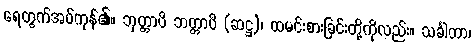
ရေတွက်အပ်ကုန်၏။ ဘုတ္တာပိ ဘတ္တာပိ (ဆဋ္ဌ)၊ ထမင်းစားခြင်းတို့ကိုလည်း။ သင်္ခါတာ၊